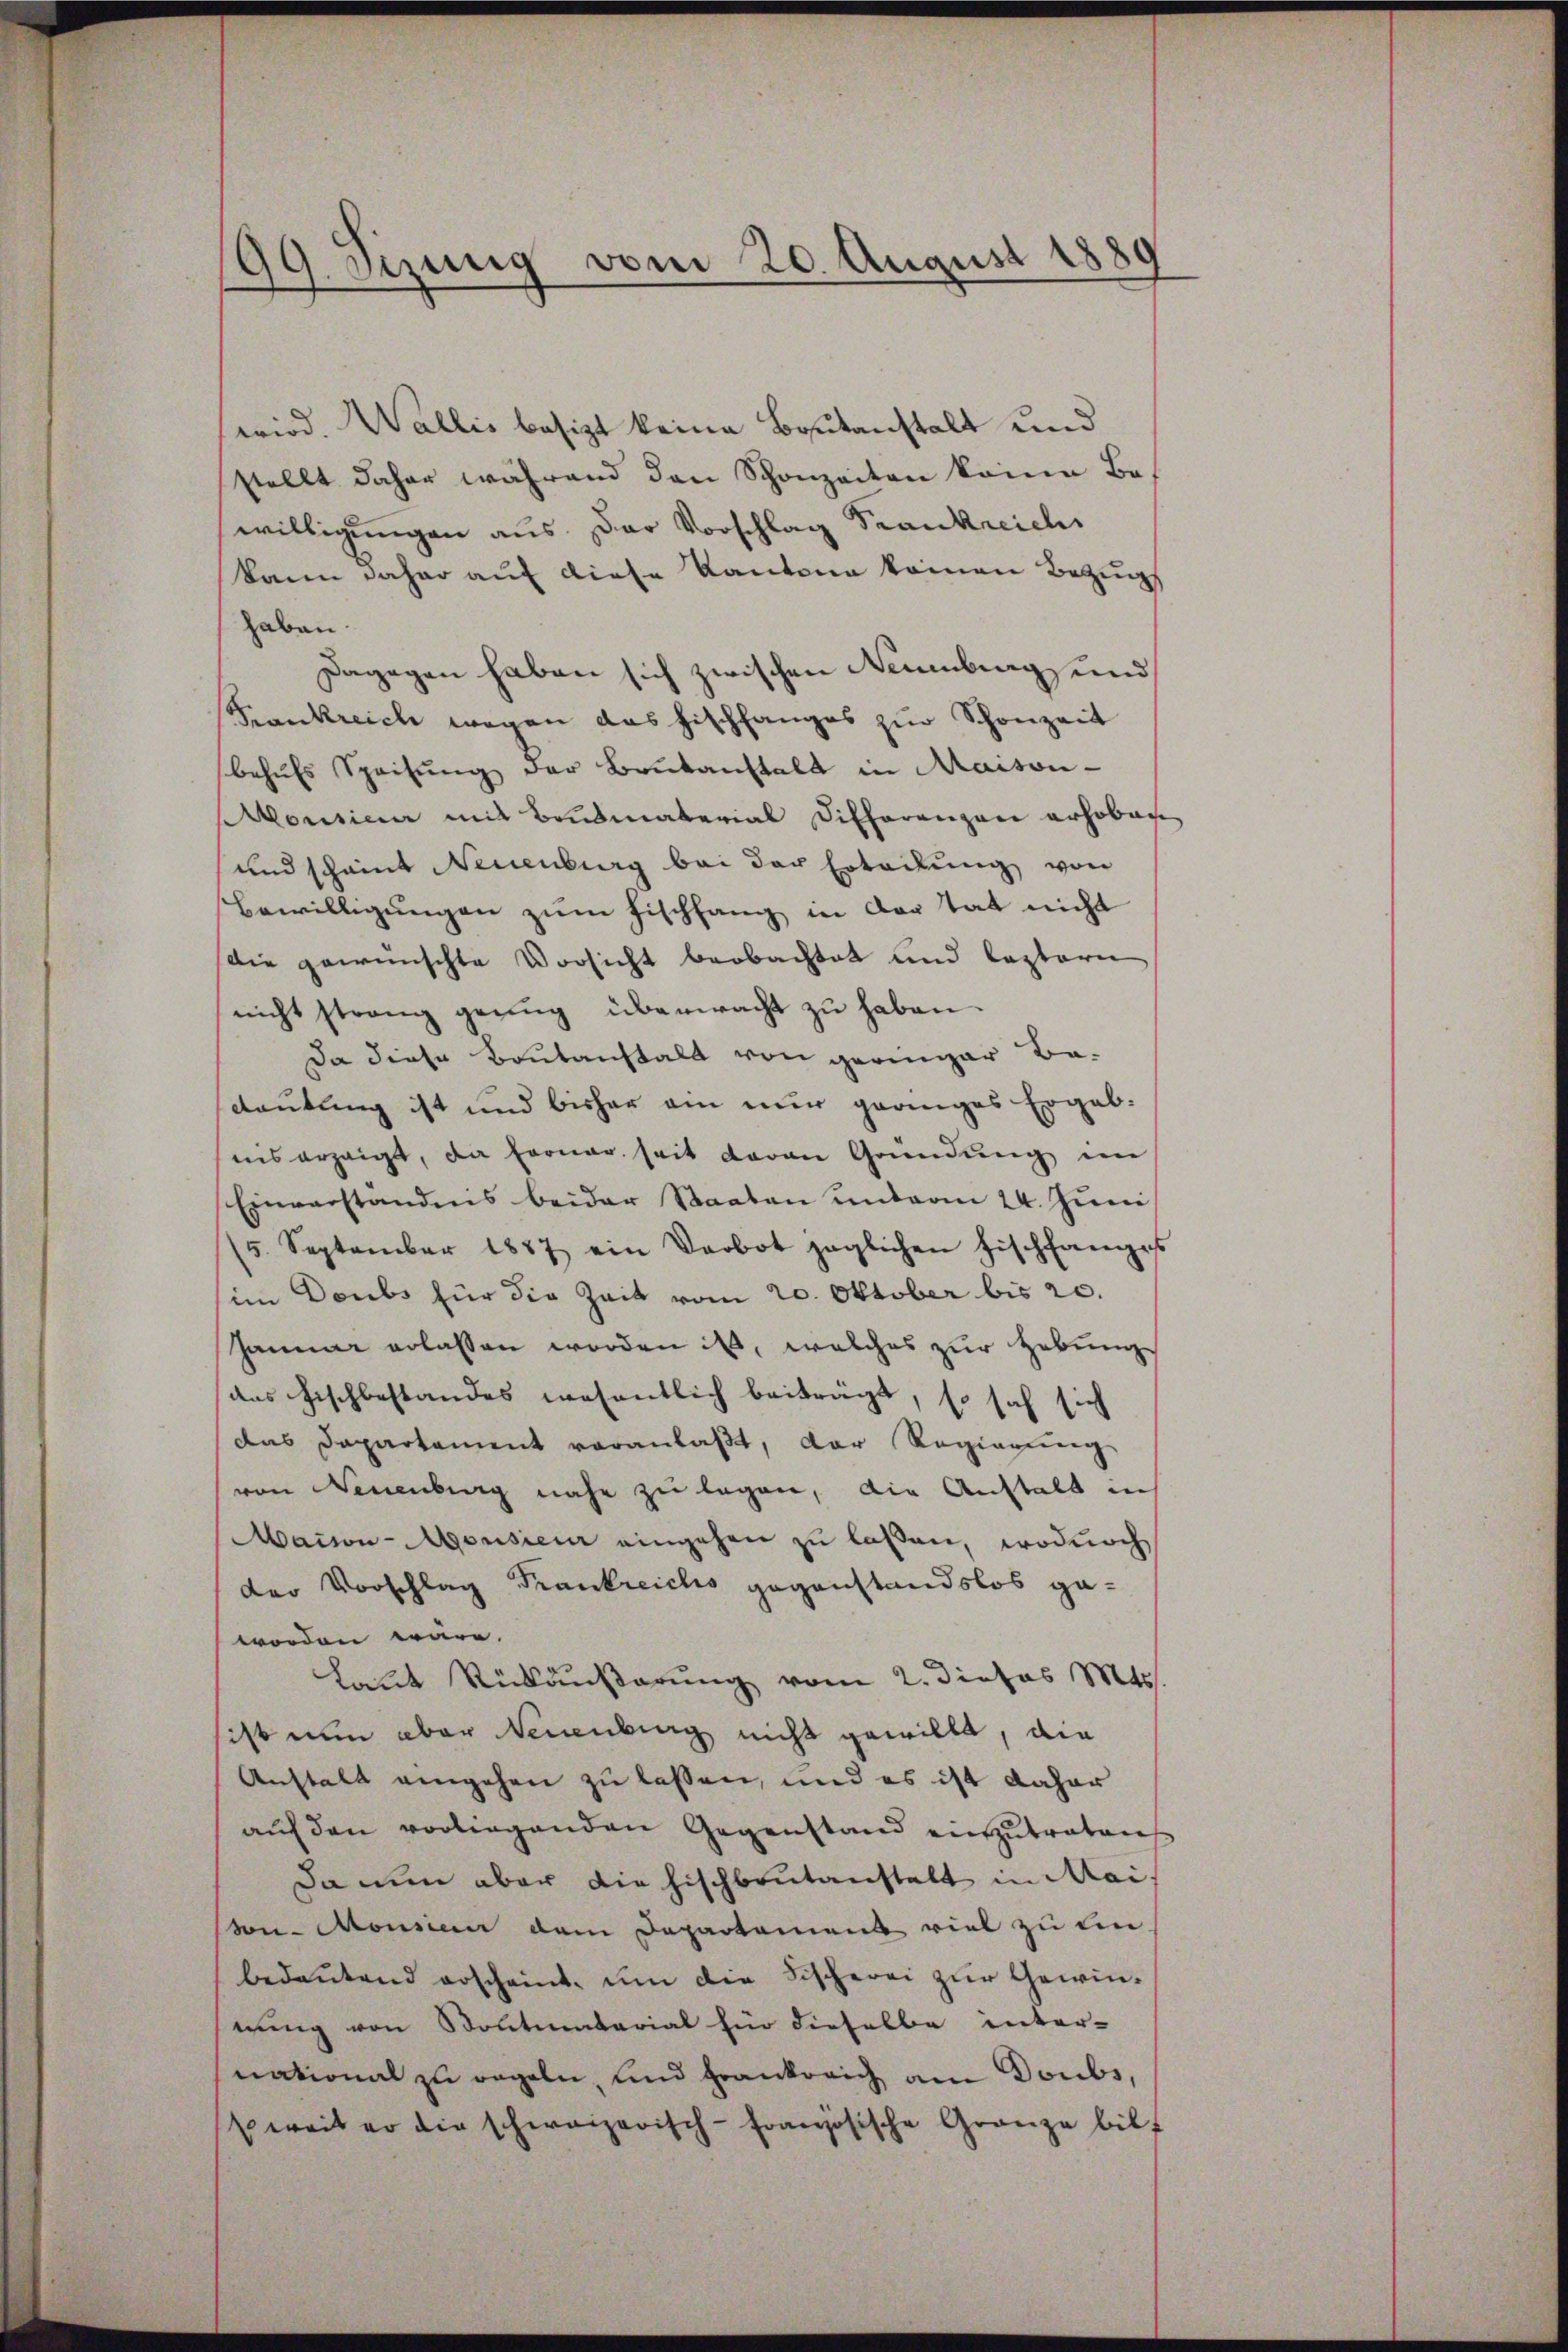
99. Sizung vom 20. August 1880

wird. Wallis besizt keine Beutanstalt und
stellt daher während den Schonzeiten keine Bewilligungen aus der Vorschlag Frankreich
kann daher auf diese Kantone kamen Bezugs
haben.
Dagegen haben sich zwischen Neuenburg, und
Frankreich wegen das Fischfanges zur Schonzeit
behufs Speisung der Brukanstalt in Maison-
Monsium mit Baŭsmaterial Differenzen erhoben
und scheint Neuenburg bei der Erteilung von
Bewilligungen zum Fischfang in der Tat nicht
die gewünschte Vorsicht beobachtet und leztere
nicht strang genug überwacht zu haben.
Da diese Bautanstalt von geringer Be-
dautung ist und bisher ein nur granges Ergebnis erzeigt, da ferner seit daran Gründung im
Einverständnis beider Staaten unterm 24. Juni
15. September 1887 ein Verbot jeglichen Fischfanges
im Doubs für die Zeit vom 20. Oktober bis 20.
Januar erlassen worden ist, welches zur Hebung
das Fischbestandes wesentlich beiträgt, so sich sich
das Dapartament veranlaßt, der Regierung
von Neuenburg nahe zu legen, die Anstalt in
Maion-Monsieur eingehen zu laßen, wodurch
der Vorschlag Trankreichs gegenstandslos gaworden wäre.
Laut Rückäußerung vom 2. dieses M.
sist nun aber Neuenburg nicht gewillt, die
Anstalt angehen zu lassen, und es ist daher
auf den vorliegenden Gegenstand einzutreten
Da nun aber die Fischbautanstalt in Mai
von-Monsie dem Departamens viel zu ein
bedeutend erscheint, um die Fischerei zur Gewinnung von Kontinatarial für dieselbe inter-
national zu regeln, und Frankreich am Doubs,
weit er die schweizerisch-Französische Gränze bilf